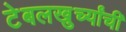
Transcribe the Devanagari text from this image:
टेबलखुर्च्यांची